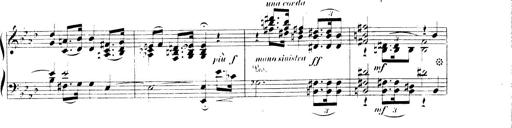
Title: 3 Chansons
Composer: Franz Liszt